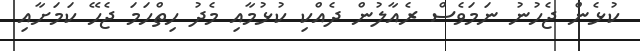
ކުޅެން ޖެހުނު ނަމަވެސް ރެއާލުން ދެއްކި ކުޅުމާއި މެދު ހިތްހަމަ ޖެހޭ ކަމަށާއި